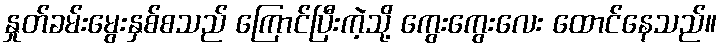
နှုတ်ခမ်းမွေးနှစ်စသည် ကြောင်ပြီးကဲ့သို့ ကွေးကွေးလေး ထောင်နေသည်။